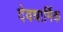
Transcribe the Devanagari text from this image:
देवधार्मिक